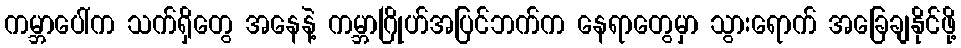
ကမ္ဘာပေါ်က သက်ရှိတွေ အနေနဲ့ ကမ္ဘာဂြိုဟ်အပြင်ဘက်က နေရာတွေမှာ သွားရောက် အခြေချနိုင်ဖို့